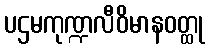
ပဌမကုဏ္ဍလီဝိမာနဝတ္ထု